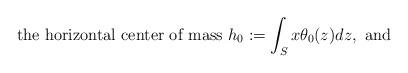
LaTeX: \begin{align*}\mbox{the horizontal center of mass } h_0:=\int_S x\theta_0(z)dz,\mbox{ and}\end{align*}